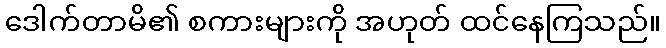
ဒေါက်တာမိ၏ စကားများကို အဟုတ် ထင်နေကြသည်။